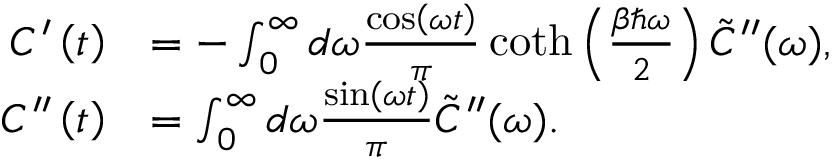
\begin{array} { r l } { C ^ { \prime } \left( t \right) } & { = - \int _ { 0 } ^ { \infty } d \omega \frac { \cos \left( \omega t \right) } { \pi } \coth \left( \frac { \beta \hbar \omega } { 2 } \right) \tilde { C } ^ { \prime \prime } ( \omega ) , } \\ { C ^ { \prime \prime } \left( t \right) } & { = \int _ { 0 } ^ { \infty } d \omega \frac { \sin \left( \omega t \right) } { \pi } \tilde { C } ^ { \prime \prime } ( \omega ) . } \end{array}